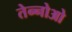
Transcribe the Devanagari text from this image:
तेन्नोओ